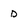
Character: D